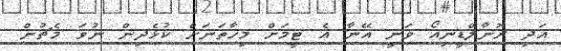
އަދި ރޮނާލްޑީނިއޯ ވަނީ އޭނާ އެ ޓީމަށް މިހާތަނަށް ކުޅެދިން ނުވަ މެޗުން